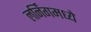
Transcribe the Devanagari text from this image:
लर्निंगमध्ये